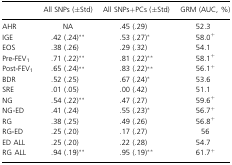
|  | All SNPs (±Std) | All SNPs+PCs (±Std) | GRM (AUC, %) |
 | --- | --- | --- | --- |
 | AHR | NA | .45 (.29) | 52.3 |
 | IGE | .42 (.24)** | .53 (.27)* | 58.0+ |
 | EOS | .38 (.26) | .29 (.32) | 54.1 |
 | Pre‐FEV1 | .71 (.22)** | .81 (.22)** | 58.1+ |
 | Post‐FEV1 | .65 (.24)** | .83 (.22)** | 56.1+ |
 | BDR | .52 (.25) | .67 (.24)* | 53.6 |
 | SRE | .01 (.05) | .00 (.42) | 51.1 |
 | NG | .54 (.22)** | .47 (.27) | 59.6+ |
 | NG‐ED | .41 (.24) | .55 (.23)* | 56.7+ |
 | RG | .38 (.25) | .49 (.26) | 56.8+ |
 | RG‐ED | .25 (.20) | .17 (.27) | 56 |
 | ED ALL | .25 (.20) | .22 (.28) | 54.7 |
 | RG ALL | .94 (.19)** | .95 (.19)** | 61.7+ |